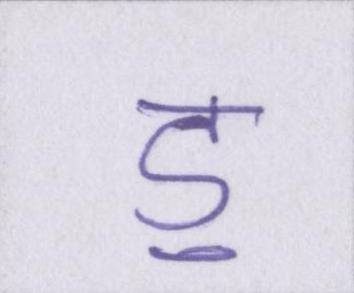
ॾ